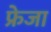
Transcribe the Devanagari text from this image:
फ्रेजा